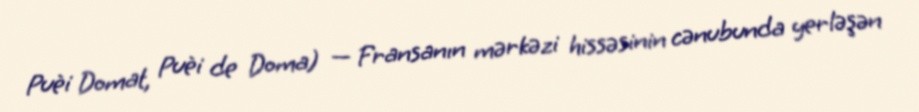
Puèi Domat, Puèi de Doma) — Fransanın mərkəzi hissəsinin cənubunda yerləşən